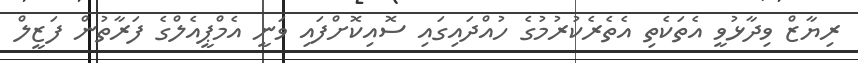
ރިޔާޒް ވިދާޅުވީ އެތަކެތި އެތެރެކުރުމުގެ ހުއްދައިގައި ސޮއިކޮށްފައި ވަނީ އެމްޕީއެލްގެ ފަރާތުން ފަޒީލް